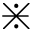
\divideontimes